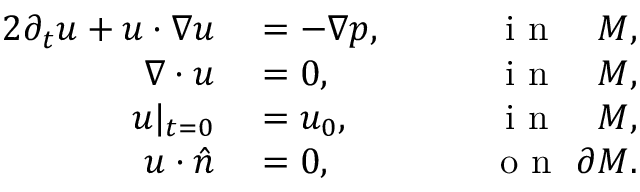
\begin{array} { r l r } { { 2 } \partial _ { t } u + u \cdot \nabla u } & { { } = - \nabla p , } & { \qquad \mathrm { ~ i ~ n ~ } \quad M , } \\ { \nabla \cdot u } & { { } = 0 , } & { \qquad \mathrm { ~ i ~ n ~ } \quad M , } \\ { u | _ { t = 0 } } & { { } = u _ { 0 } , } & { \qquad \mathrm { ~ i ~ n ~ } \quad M , } \\ { u \cdot \hat { n } } & { { } = 0 , } & { \qquad \mathrm { ~ o ~ n ~ } \ \partial M . } \end{array}